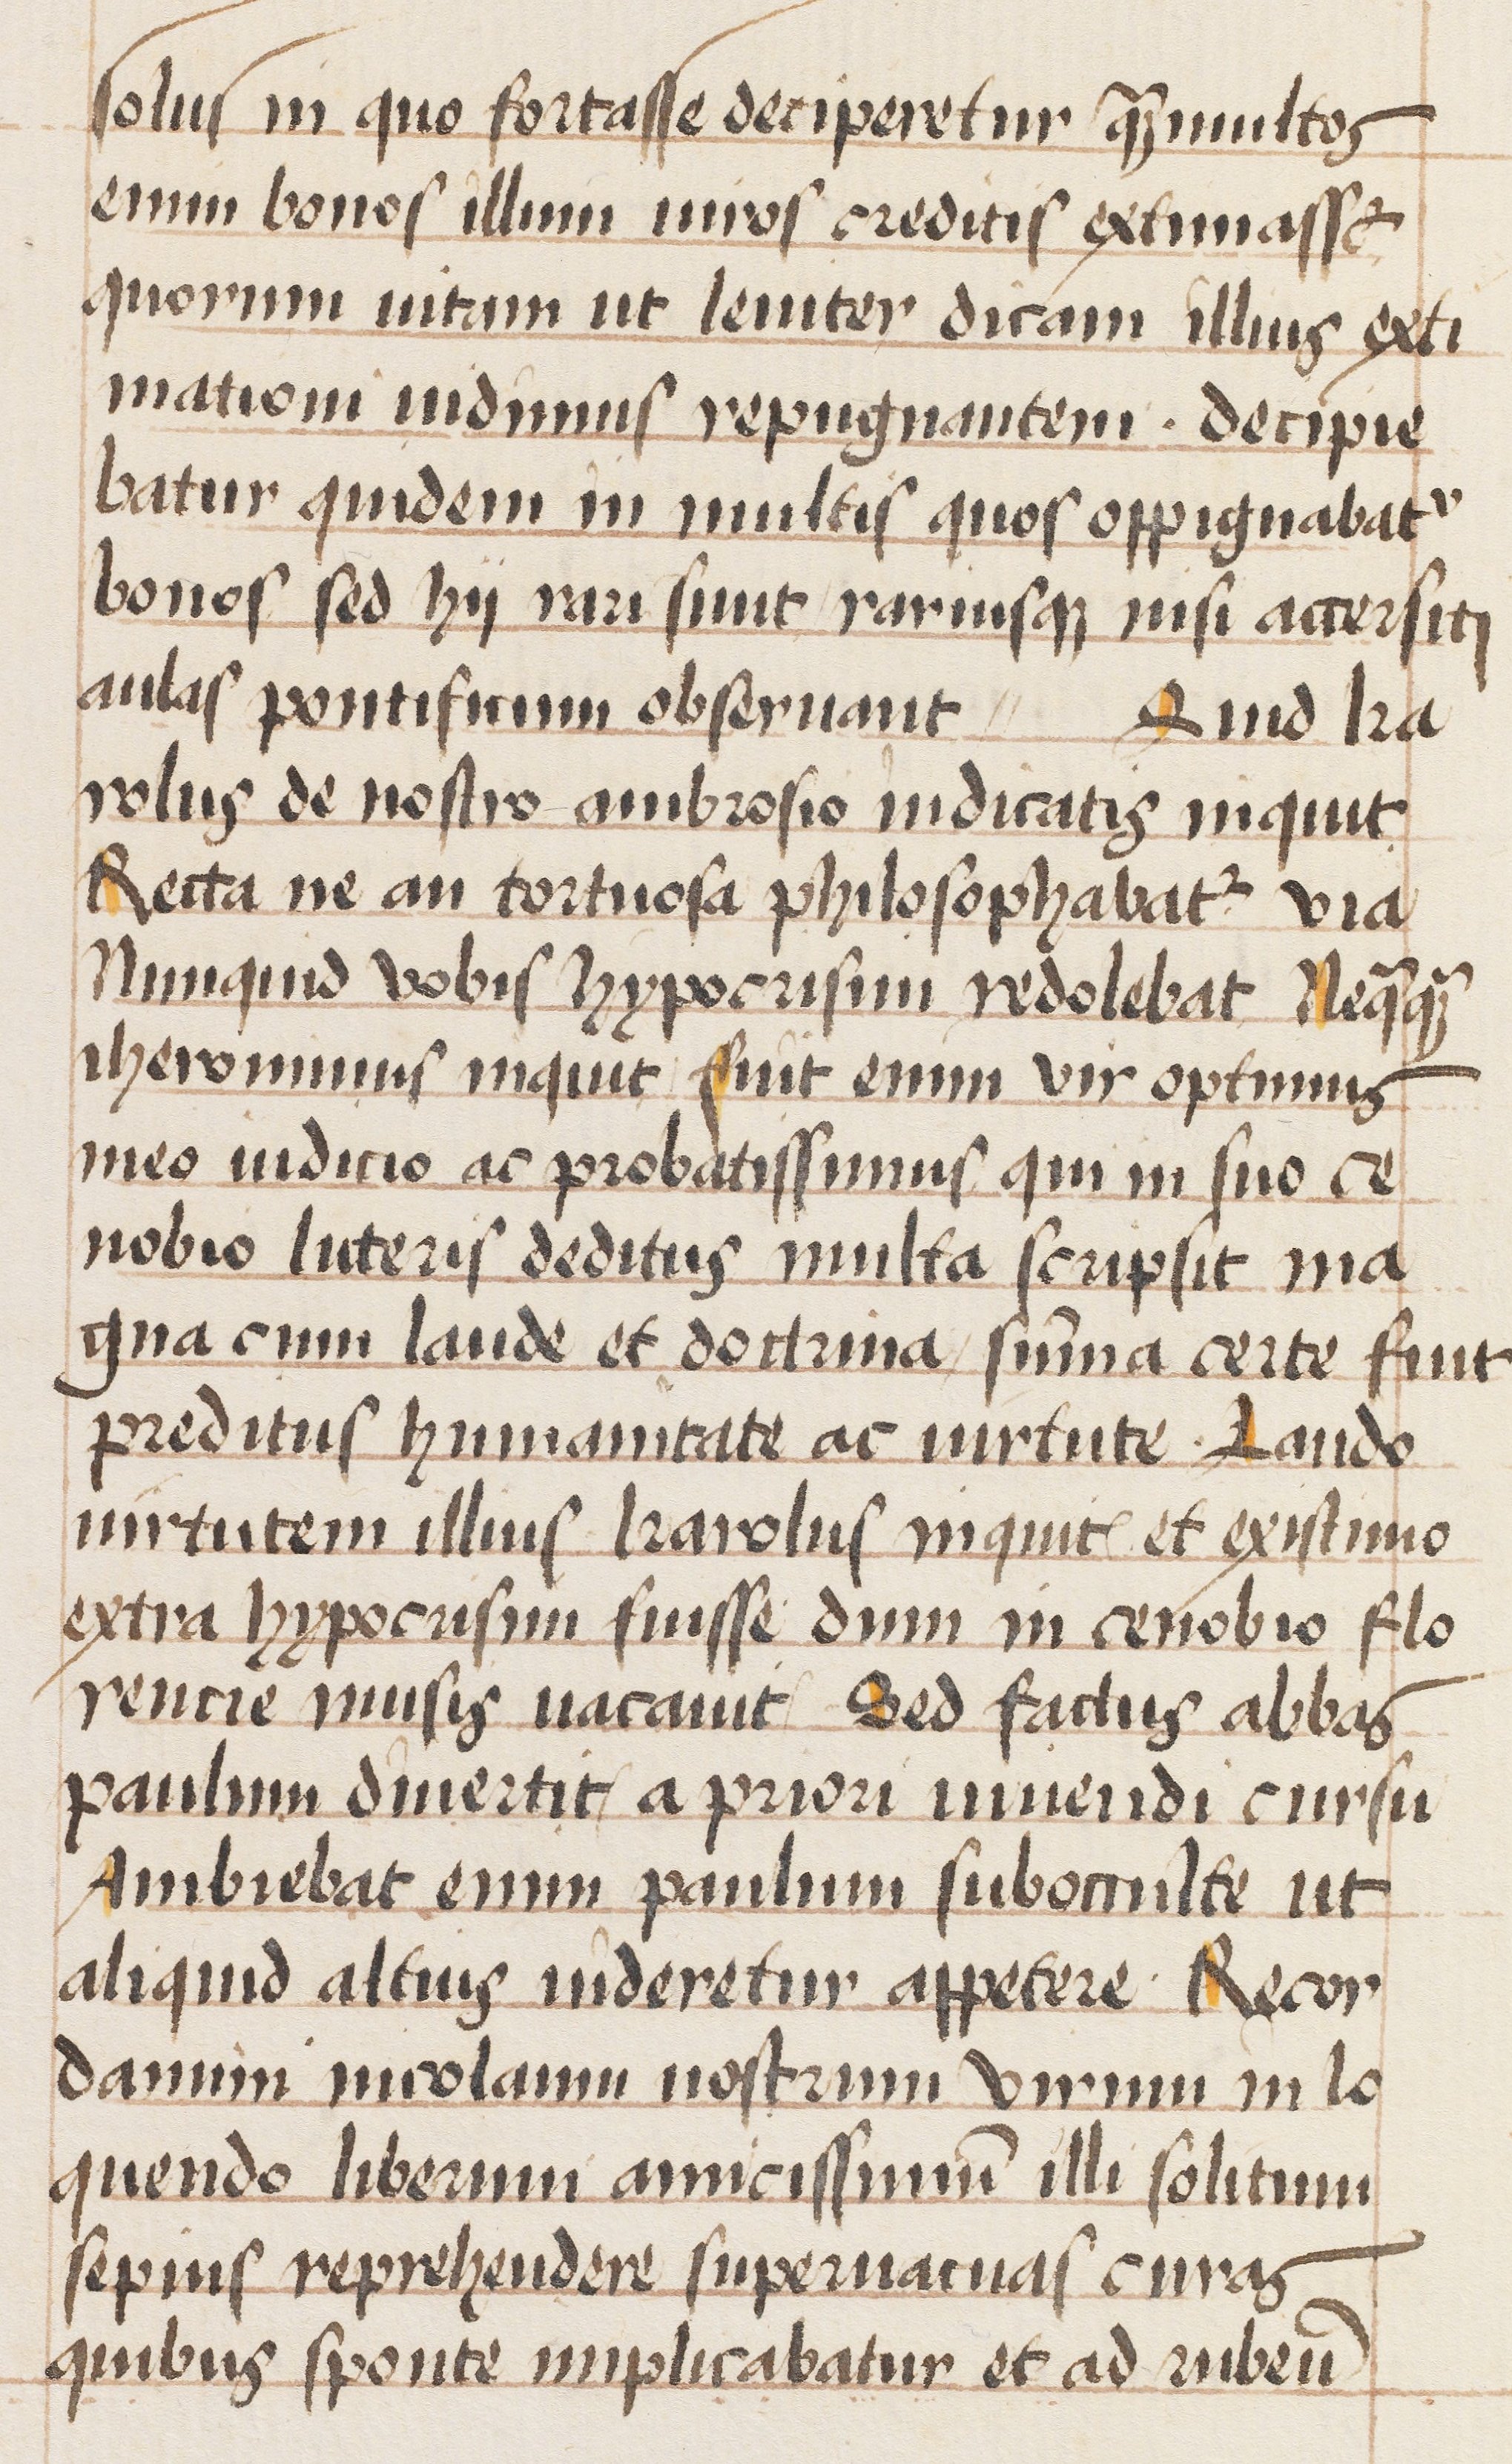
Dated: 1470–1488